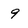
Character: 9